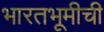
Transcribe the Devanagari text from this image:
भारतभूमीची